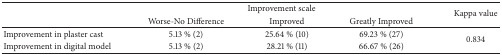
|  | <COLSPAN=3> Improvement scale | <ROWSPAN=2> Kappa value |
 |  | Worse-No Difference | Improved | Greatly Improved |
 | --- | --- | --- | --- | --- |
 | Improvement in plaster cast | 5.13 % (2) | 25.64 % (10) | 69.23 % (27) | <ROWSPAN=2> 0.834 |
 | Improvement in digital model | 5.13 % (2) | 28.21 % (11) | 66.67 % (26) |